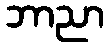
ဘာညာ